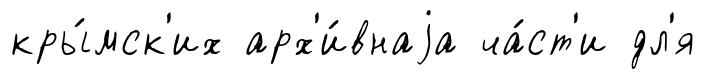
кры́мск'их арх'и́внаjа ча́ст'и дл'я